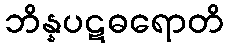
ဘိန္နပဋဓရောတိ